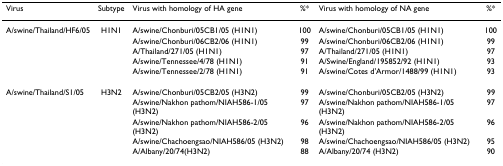
<table><thead><tr><td><b>Virus</b></td><td><b>Subtype</b></td><td><b>Virus with homology of HA gene</b></td><td><b>%*</b></td><td><b>Virus with homology of NA gene</b></td><td><b>%*</b></td></tr></thead><tbody><tr><td>A/swine/Thailand/HF6/05</td><td>H1N1</td><td>A/swine/Chonburi/05CB1/05 (H1N1)</td><td>100</td><td>A/swine/Chonburi/05CB1/05 (H1N1)</td><td>100</td></tr><tr><td></td><td></td><td>A/swine/Chonburi/06CB2/06 (H1N1)</td><td>99</td><td>A/swine/Chonburi/06CB2/06 (H1N1)</td><td>99</td></tr><tr><td></td><td></td><td>A/Thailand/271/05 (H1N1)</td><td>97</td><td>A/Thailand/271/05 (H1N1)</td><td>97</td></tr><tr><td></td><td></td><td>A/swine/Tennessee/4/78 (H1N1)</td><td>91</td><td>A/Swine/England/195852/92 (H1N1)</td><td>93</td></tr><tr><td></td><td></td><td>A/swine/Tennessee/2/78 (H1N1)</td><td>91</td><td>A/swine/Cotes d&#x27;Armor/1488/99 (H1N1)</td><td>93</td></tr><tr><td>A/swine/Thailand/S1/05</td><td>H3N2</td><td>A/swine/Chonburi/05CB2/05 (H3N2)</td><td>99</td><td>A/swine/Chonburi/05CB2/05 (H3N2)</td><td>99</td></tr><tr><td></td><td></td><td>A/swine/Nakhon pathom/NIAH586-1/05 (H3N2)</td><td>97</td><td>A/swine/Nakhon pathom/NIAH586-1/05 (H3N2)</td><td>97</td></tr><tr><td></td><td></td><td>A/swine/Nakhon pathom/NIAH586-2/05 (H3N2)</td><td>96</td><td>A/swine/Nakhon pathom/NIAH586-2/05 (H3N2)</td><td>96</td></tr><tr><td></td><td></td><td>A/swine/Chachoengsao/NIAH586/05 (H3N2)</td><td>98</td><td>A/swine/Chachoengsao/NIAH586/05 (H3N2)</td><td>95</td></tr><tr><td></td><td></td><td>A/Albany/20/74(H3N2)</td><td>88</td><td>A/Albany/20/74 (H3N2)</td><td>90</td></tr></tbody></table>